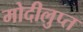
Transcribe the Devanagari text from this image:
मोदीलुप्त